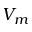
V _ { m }